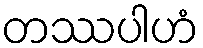
တဿပါဟံ